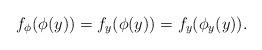
LaTeX: \begin{align*} f_{\phi}(\phi(y))=f_{y}(\phi(y))=f_{y}(\phi_{y}(y)).\end{align*}